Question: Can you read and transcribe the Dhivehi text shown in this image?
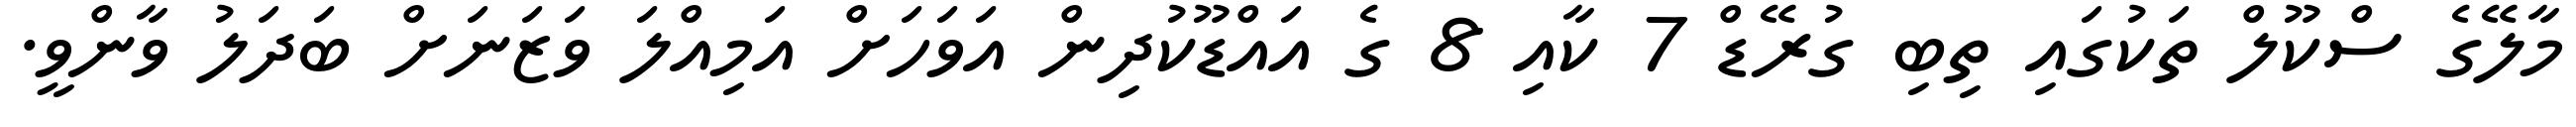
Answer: މާލޭގެ ސްކޫލް ތަކުގައި ތިބި ގުރޭޑް 7 ކާއި 8 ގެ އައްޑޫކުދިން އަވަހަށް އަމިއްލަ ވަޒަނަށް ބަދަލު ވާންވީ.